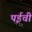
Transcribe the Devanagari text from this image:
पईची